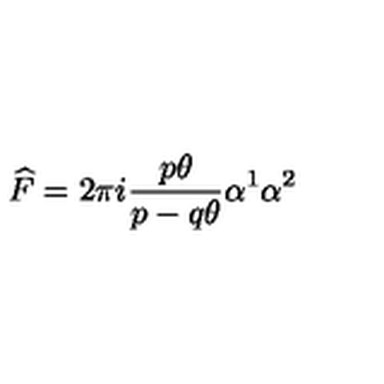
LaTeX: \widehat { F } = 2 \pi i \frac { p \theta } { p - q \theta } \alpha ^ { 1 } \alpha ^ { 2 }